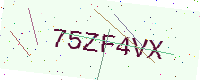
Text: 75ZF4VX